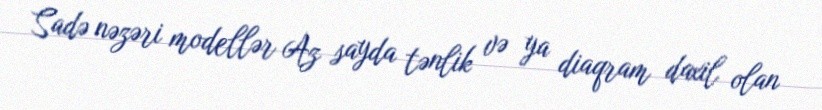
Sadə nəzəri modellər Az sayda tənlik və ya diaqram daxil olan